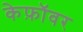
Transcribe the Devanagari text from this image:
केफ़ॉवर